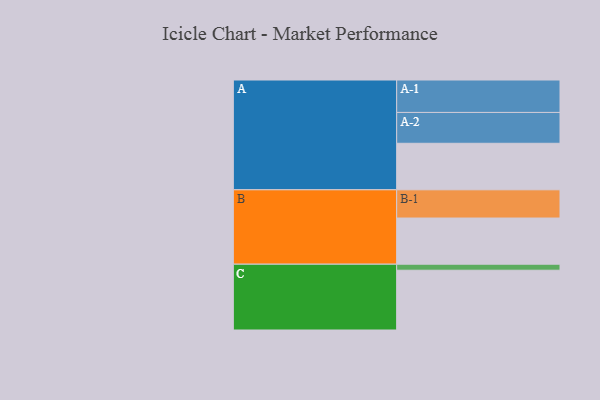
{"axis": {"x": "Segment", "y": "Value"}, "legend": ["", "A", "B", "C"], "data": [{"x": "A", "y": 410, "type": ""}, {"x": "B", "y": 407, "type": ""}, {"x": "C", "y": 527, "type": ""}, {"x": "A-1", "y": 286, "type": "A"}, {"x": "A-2", "y": 272, "type": "A"}, {"x": "B-1", "y": 249, "type": "B"}, {"x": "C-1", "y": 53, "type": "C"}]}